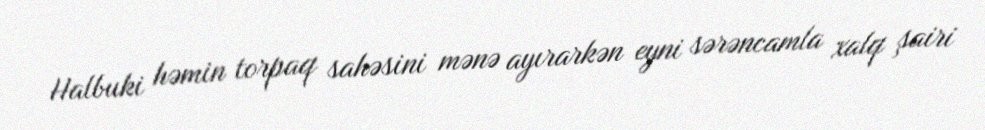
Halbuki həmin torpaq sahəsini mənə ayırarkən eyni sərəncamla xalq şairi